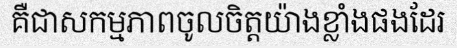
គឺជាសកម្មភាពចូលចិត្តយ៉ាងខ្លាំងផងដែរ